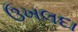
ઉખલદા